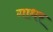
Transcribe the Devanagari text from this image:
गाधर